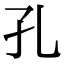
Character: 孔